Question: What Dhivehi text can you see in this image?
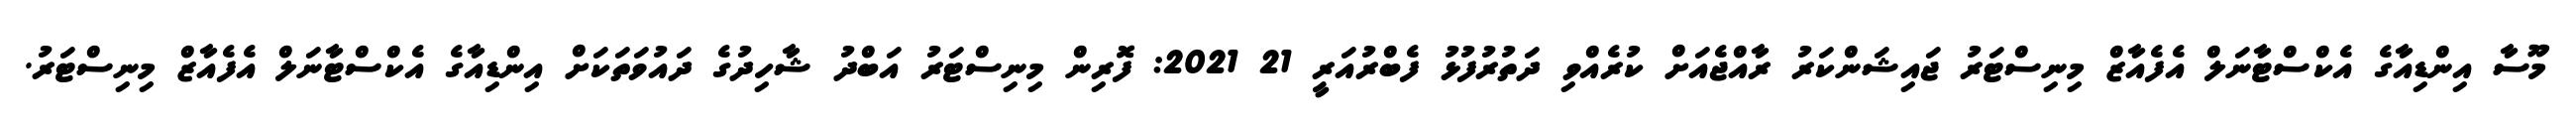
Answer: މޫސާ އިންޑިއާގެ އެކްސްޓާނަލް އެފެއާޒް މިނިސްޓަރު ޖައިޝަންކަރު ރާއްޖެއަށް ކުރެއްވި ދަތުރުފުޅު ފެބްރުއަރީ 21 2021: ފޮރިން މިނިސްޓަރު އަބްދު ޝާހިދުގެ ދައުވަތަކަށް އިންޑިއާގެ އެކްސްޓާނަލް އެފެއާޒް މިނިސްޓަރު.